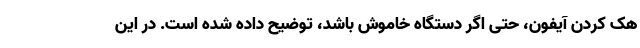
هک کردن آیفون، حتی اگر دستگاه خاموش باشد، توضیح داده شده است. در این